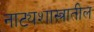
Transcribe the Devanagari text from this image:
नाट्यशास्त्रातील